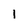
Character: 1